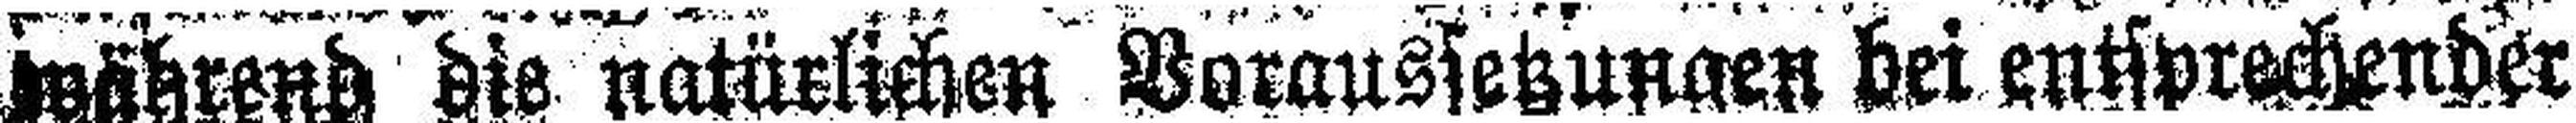
mährend die natürlichen Voraussetzungen bei entsprechender